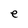
Character: e